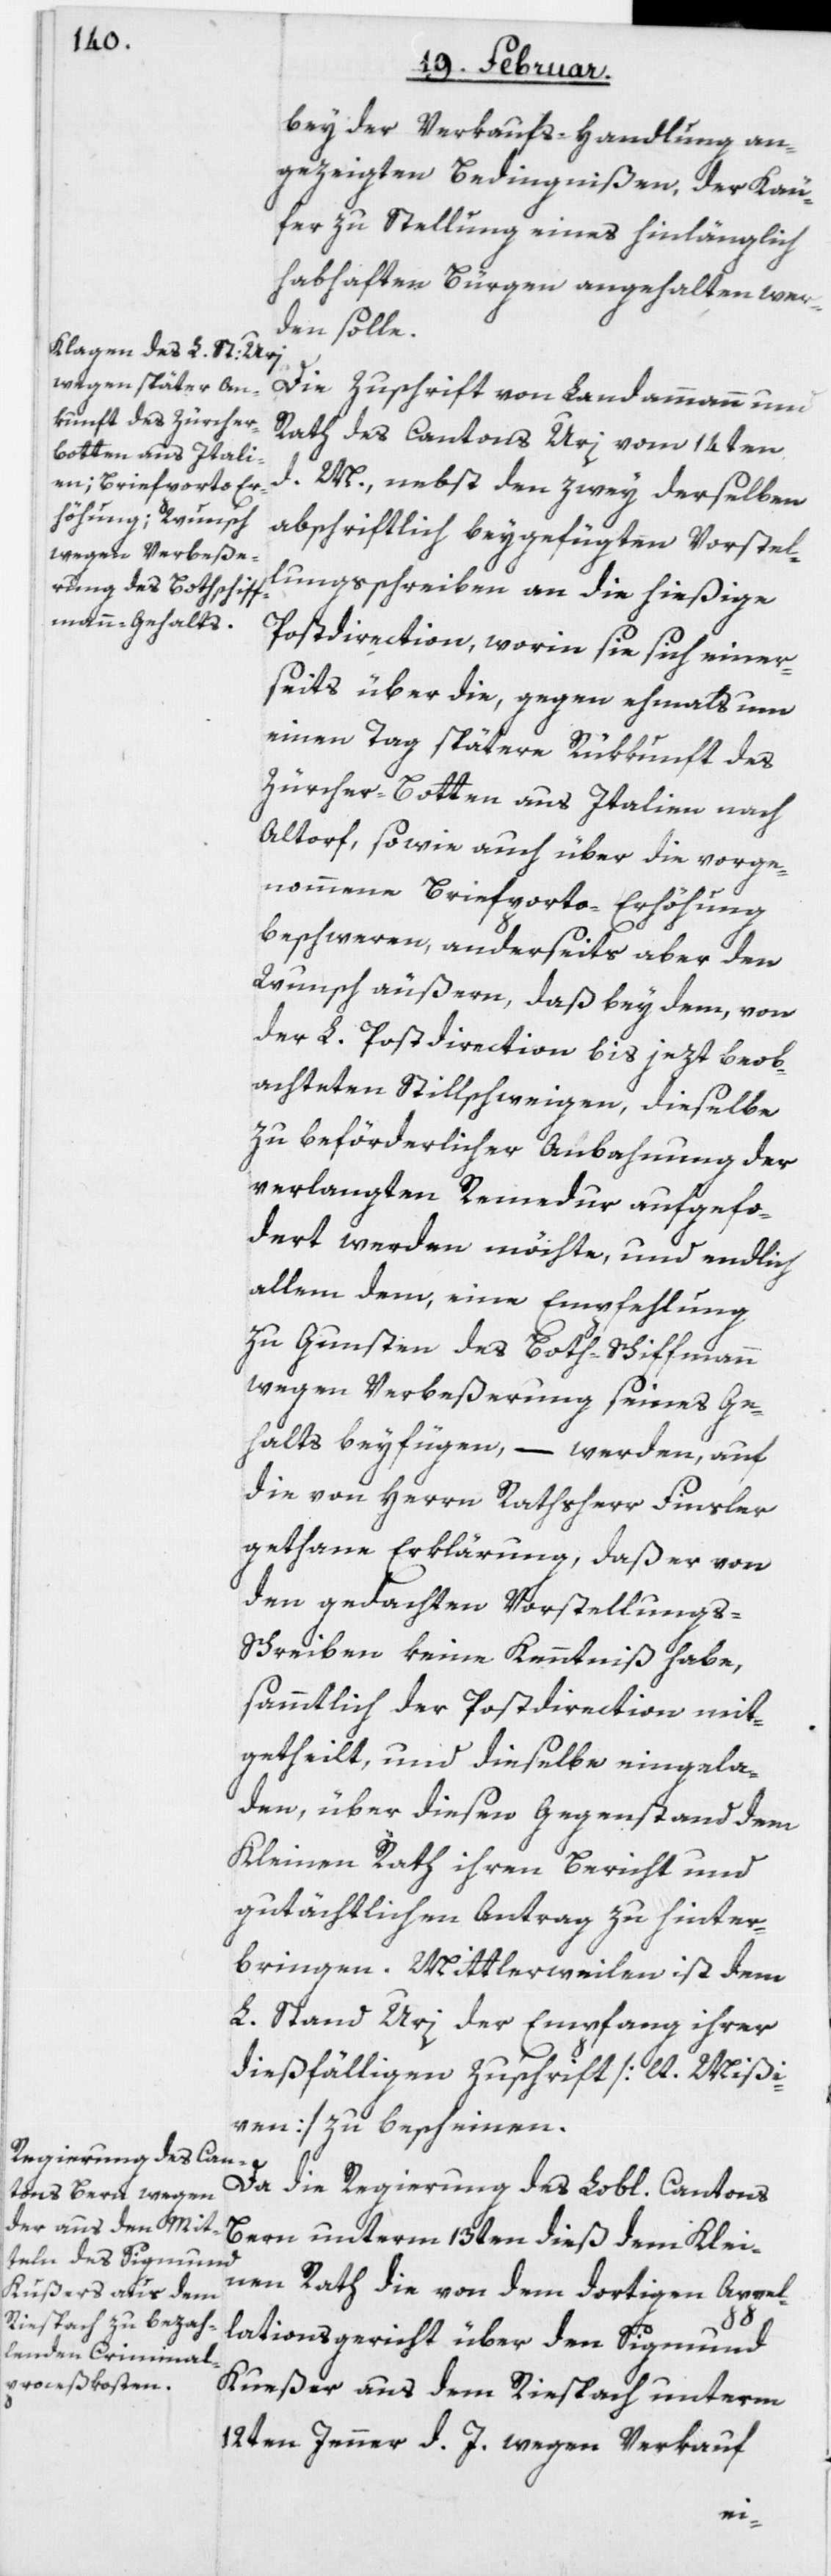
der Verkaufs-Handlung an¬
gezeigten Bedingnißen, der Käu¬
fer zu Stellung eines hinlänglich
habhaften Bürgen angehalten wer¬
den solle.
Die Zuschrift von Landammann und
Rath des Cantons Uri vom 14ten
d. M. nebst den zwey derselben
abschriftlich beygefügten Vorstel¬
lungsschreiben an die hießige
Postdirection, worin sie sich einer¬
seits über die, gegen ehmahls um
einen Tag spätere Rükkunft des
Zürcher-Botten aus Italien nach
Altorf, sowie auch über die vorge¬
nommene Briefporto-Erhöhung
beschweren, anderseits aber den
Wunsch äußeren, daß bey dem, von
der L. Postdirection bis jetzt beob¬
achteten Stillschweigen, dieselbe
zu beförderlicher Anbahnung der
verlangten Remedur aufgefor¬
dert werden möchte, und endlich
allem dem, eine Empfehlung
zu Gunsten des Both-Schiffmann
wegen Verbeßerung seines Ge¬
halts beyfügen, – werden auf
die von Herrn Rathsherr Finsler
gethane Erklärung, daß er von
den gedachten Vorstellungs-S¬
chreiben keine Kenntniß habe,
sämmtlich der Postdirection mit¬
getheilt, und dieselbe eingela¬
den, über diesen Gegenstand dem
Kleinen Rath ihren Bericht und
gutächtlichen Antrag zu hinter¬
bringen. Mittlerweilen ist dem
L. Stand Uri der Empfang ihrer
dießfälligen Zuschrift [lt. Mißi¬
ven] zu bescheinen.
Da die Regierung des Lobl. Cantons
Bern unterm 13ten dieß dem Klei¬
nen Rath die von dem dortigen Appel¬
lationsgericht über den Sigmund
Kueßer aus dem Riespach unterm
12ten Jenner d. J. wegen Verkauf